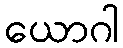
ယောဂါ